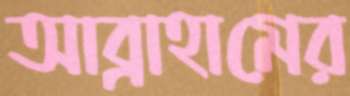
আব্রাহামের